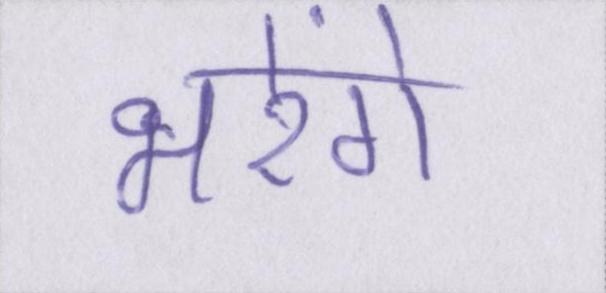
भरेंगे